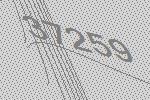
37259